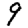
Digit: 9